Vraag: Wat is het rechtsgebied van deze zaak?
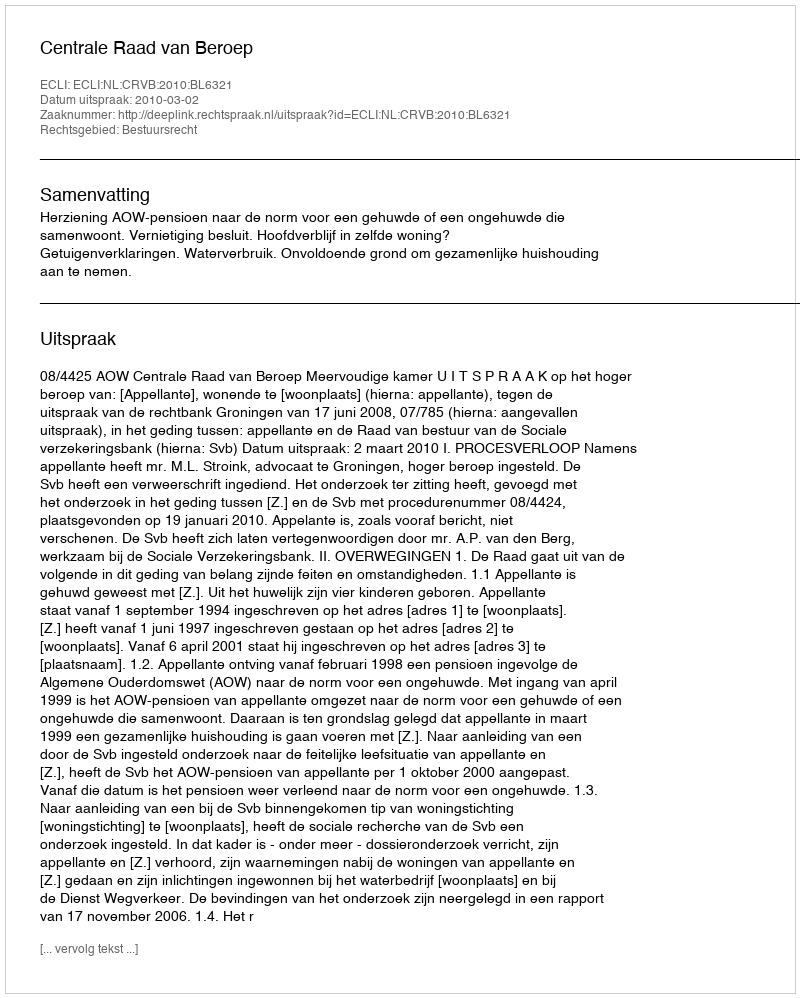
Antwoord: Bestuursrecht